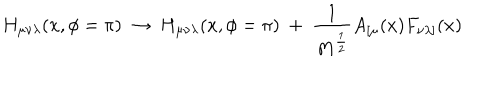
LaTeX: H _ { \mu \nu \lambda } ( x , \phi = \pi ) ~ \rightarrow ~ H _ { \mu \nu \lambda } ( x , \phi = \pi ) ~ + ~ \frac { 1 } { M ^ { \frac { 1 } { 2 } } } A _ { [ \mu } ( x ) F _ { \nu \lambda ] } ( x )